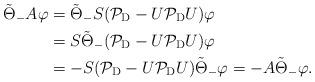
LaTeX: \begin{align*}\tilde{\Theta}_-A\varphi&=\tilde{\Theta}_-S(\mathcal{P}_{\rm D}-U\mathcal{P}_{\rm D}U)\varphi\\&=S\tilde{\Theta}_-(\mathcal{P}_{\rm D}-U\mathcal{P}_{\rm D}U)\varphi\\&=-S(\mathcal{P}_{\rm D}-U\mathcal{P}_{\rm D}U)\tilde{\Theta}_-\varphi=-A\tilde{\Theta}_-\varphi.\end{align*}